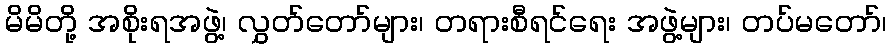
မိမိတို့ အစိုးရအဖွဲ့၊ လွှတ်တော်များ၊ တရားစီရင်ရေး အဖွဲ့များ၊ တပ်မတော်၊